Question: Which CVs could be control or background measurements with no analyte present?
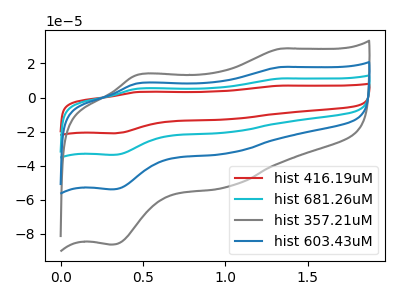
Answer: <think>The red curve "hist 416.19uM" has anodic peaks at (1.35V, 53.70uA) (0.45V, 25.00uA) and cathodic peaks at (1.00V, -97.80uA) (0.30V, -161.50uA). The cyan curve "hist 681.26uM" has anodic peaks at (1.35V, 35.80uA) (0.45V, 16.65uA) and cathodic peaks at (1.00V, -65.20uA) (0.30V, -107.70uA). The gray curve "hist 357.21uM" has anodic peaks at (1.35V, 28.65uA) (0.45V, 13.35uA) and cathodic peaks at (1.00V, -52.20uA) (0.30V, -86.25uA). The blue curve "hist 603.43uM" has anodic peaks at (1.35V, 17.90uA) (0.45V, 8.35uA) and cathodic peaks at (1.00V, -32.60uA) (0.30V, -53.85uA).</think>
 <answer>There are not any CV's on this graph that are likely to be blanks.</answer>
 <eval>none</eval>